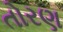
તોરણ